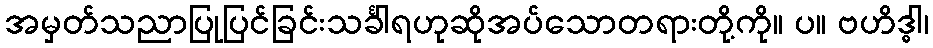
အမှတ်သညာပြုပြင်ခြင်းသင်္ခါရဟုဆိုအပ်သောတရားတို့ကို။ ပ။ ဗဟိဒ္ဓါ၊